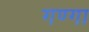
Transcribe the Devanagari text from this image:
गण्गा